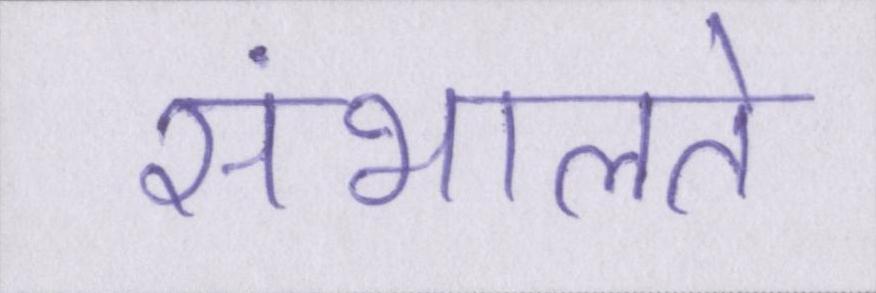
संभालते